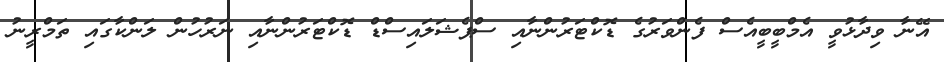
އޭނާ ވިދާޅުވީ އެމްބީބީއެސް ފެންވަރުގެ ޑޮކްޓަރުންނާއި ސްޕެޝަލައިސްޑް ޑޮކްޓަރުންނާއި ނަރުހުން ލަންކާގައި ތަމްރީނު